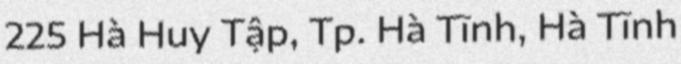
225 Hà Huy Tập, Tp. Hà Tĩnh, Hà Tĩnh